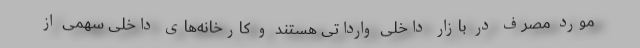
مورد مصرف در بازار داخلی وارداتی هستند و کارخانه‌های داخلی سهمی از